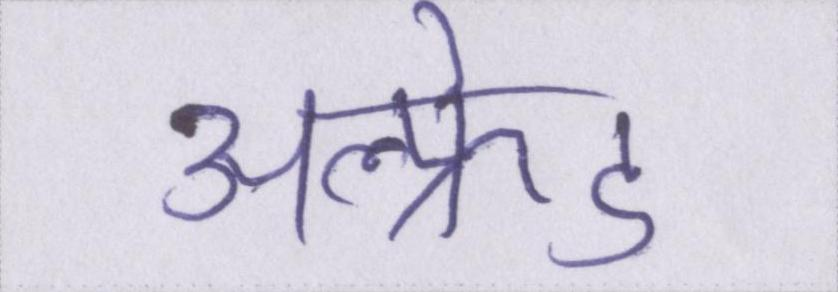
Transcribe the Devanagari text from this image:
अल्फ्रेड